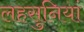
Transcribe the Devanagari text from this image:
लहसुनियां